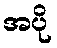
အပို